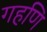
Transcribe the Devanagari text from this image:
गहणि